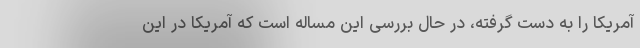
آمریکا را به دست گرفته، در حال بررسی این مساله است که آمریکا در این